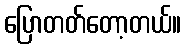
ပြောတတ်တော့တယ်။